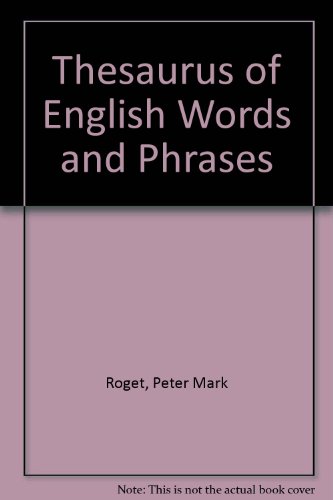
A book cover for Roget Words and Phrases; Peter Mark Roget; Reference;